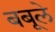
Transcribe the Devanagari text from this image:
बबूले